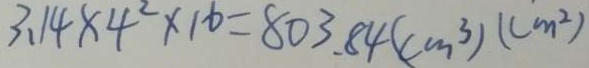
3 . 1 4 \times 4 ^ { 2 } \times 1 6 = 8 0 3 . 8 4 ( c m ^ { 3 } ) ( c m ^ { 2 } )